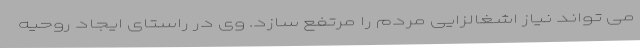
می تواند نیاز اشغالزایی مردم را مرتفع سازد. وی در راستای ایجاد روحیه